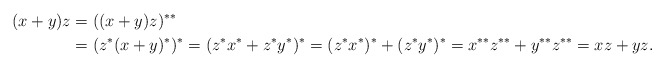
\begin{align*}(x+y)z &= ((x+y)z)^{**} \\&= (z^*(x+y)^*)^*= (z^*x^* + z^*y^*)^* = (z^*x^*)^* + (z^*y^*)^* = x^{**}z^{**} + y^{**}z^{**} = xz+yz.\end{align*}